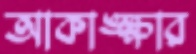
আকাঙ্ক্ষার